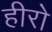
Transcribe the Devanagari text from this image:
हीरो